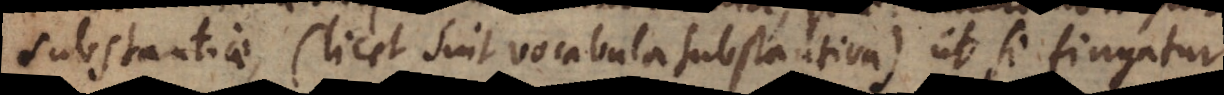
substantiae (licet sint vocabula substantiva), ut si fingatur